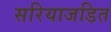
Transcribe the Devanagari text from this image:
सरियाजडित